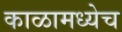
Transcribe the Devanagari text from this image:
काळामध्येच